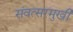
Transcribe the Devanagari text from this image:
संवत्सरमुखी